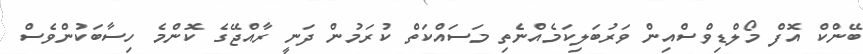
ބޭންކް އޮފް މޯލްޑިވްސްއިން ވަރުބަލިކަމެއްނެތި މަސައްކަތް ކުރަމުން ދަނީ ރާއްޖޭގެ ކޮންމެ ހިސާބަކުންވެސް